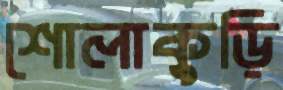
শোলাকুড়ি